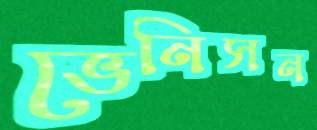
ভেনিসন